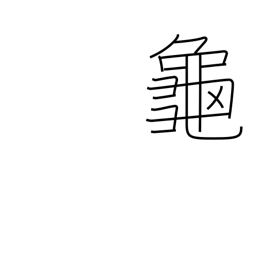
Meaning: turtle